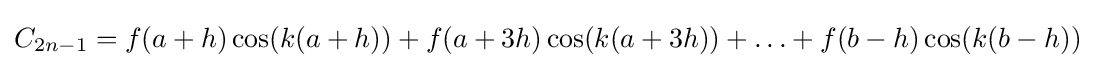
C_{2n-1}=f(a+h)\cos(k(a+h))+f(a+3h)\cos(k(a+3h))+\ldots +f(b-h)\cos(k(b-h))